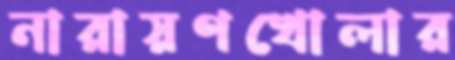
নারায়ণখোলার